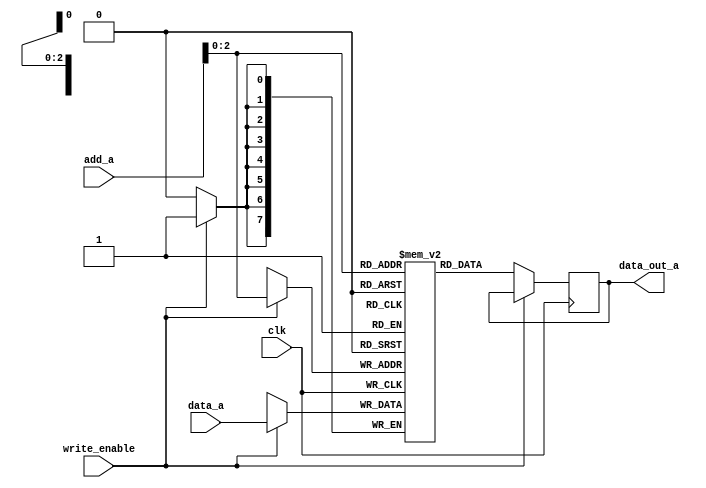
module memA(
	input clk,
	input write_enable,
	input [7:0] data_a,
	input [7:0] add_a,
	output reg [7:0] data_out_a
);

reg [7:0] mem [7:0];

always@(posedge clk) begin

	if(write_enable==1'b1) begin
	
		mem[add_a]<=data_a;
		$display("the data is written on A %t  %d",$time,mem[add_a]);
	
	end

	else if(write_enable==1'b0) begin
	
		data_out_a<=mem[add_a];
	end
end
endmodule